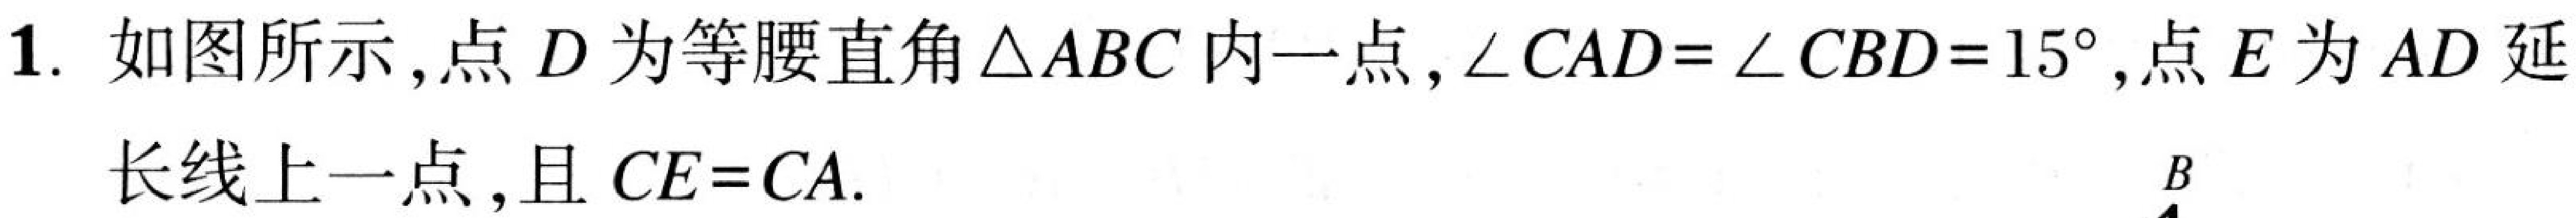
1. 如图所示,点 \(D\) 为等腰直角\(\triangle ABC\) 内一点, \(\angle CAD = \angle CBD = 15^{\circ}\),点 \(E\) 为 \(AD\) 延长线上一点, 且 \(CE = CA\).